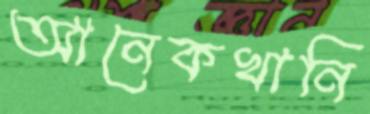
আনেকখানি